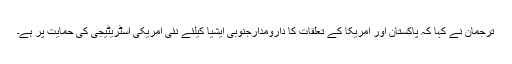
ترجمان نے کہا کہ پاکستان اور امریکا کے تعلقات کا دارومدارجنوبی ایشیا کیلئے نئی امریکی اسٹریٹیجی کی حمایت پر ہے۔